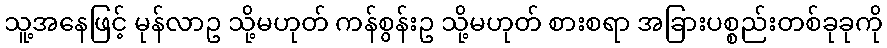
သူ့အနေဖြင့် မုန်လာဥ သို့မဟုတ် ကန်စွန်းဥ သို့မဟုတ် စားစရာ အခြားပစ္စည်းတစ်ခုခုကို